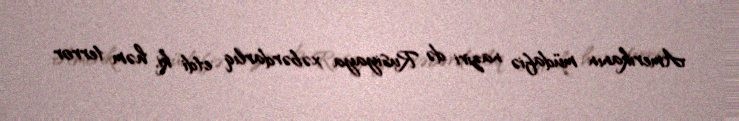
Amerikanın müdafiə naziri də Rusiyaya xəbərdarlıq etdi ki, həm terror